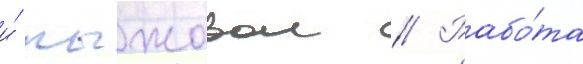
и́ пыжовои // Рабо́та